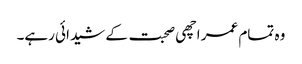
وہ تمام عمر اچھی صحبت کے شیدائی رہے۔